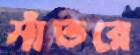
সাঁতরে